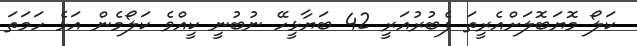
ކަލޯ މޮޔަބޮލަށްއެރީތަ ފެބުރުއަރީ 42 ބަޔާޅީހޭ ނުބުނީ ކީއްވެ ކަލޯމެން އަޅެ ހަމަތަ